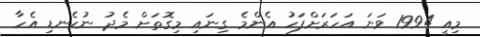
މިއީ 1994 ވަނަ އަހަރަށްފަހު އެންމެ ގިނައި މިގޮތަށް މެދު ނުކެނޑި އެހާ